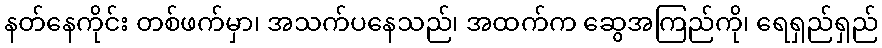
နတ်နေကိုင်း တစ်ဖက်မှာ၊ အသက်ပနေသည်၊ အထက်က ဆွေအကြည်ကို၊ ရေရှည်ရှည်